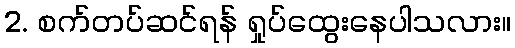
2. စက်တပ်ဆင်ရန် ရှုပ်ထွေးနေပါသလား။